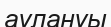
аулануы